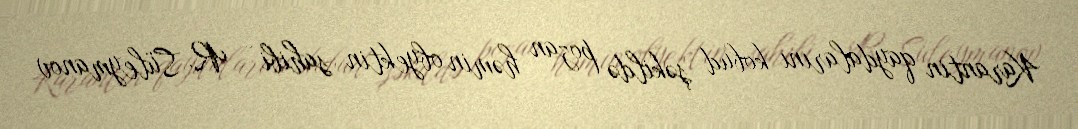
Karantin qaydalarını kobud şəkildə pozan həmin obyektin sahibi – R. Süleymanov